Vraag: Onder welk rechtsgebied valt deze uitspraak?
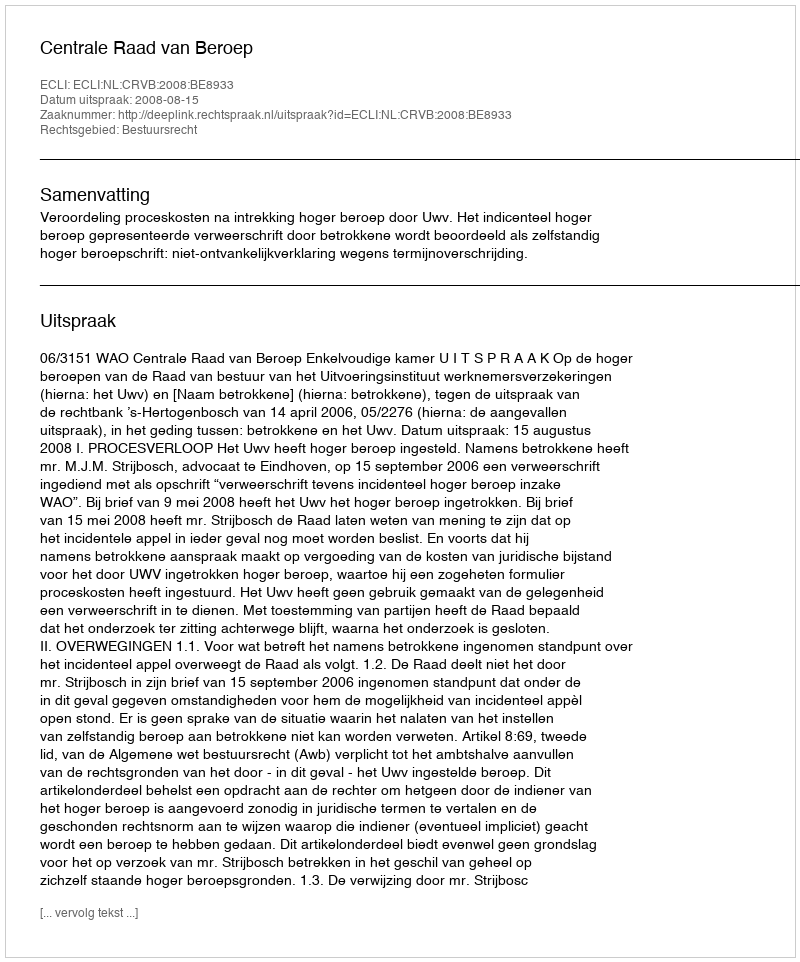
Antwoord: Bestuursrecht